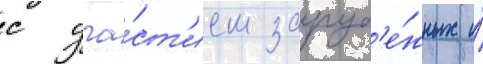
с уча́ст'ием заруб'е́жных и́